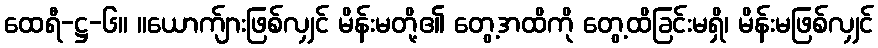
ထေရီ-ဋ္ဌ-၆။ ။ယောက်ျားဖြစ်လျှင် မိန်းမတို့၏ တွေ့အထိကို တွေ့ထိခြင်းမရှိ၊ မိန်းမဖြစ်လျှင်